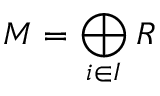
M = \bigoplus _ { i \in I } R